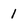
Character: 1